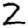
Digit: 2